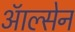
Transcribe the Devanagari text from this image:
ऑल्सेन